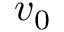
v _ { 0 }